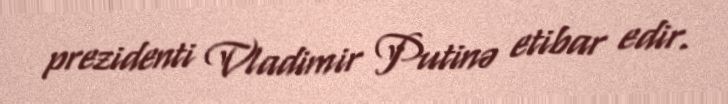
prezidenti Vladimir Putinə etibar edir.